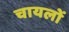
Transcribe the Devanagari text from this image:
चायलों